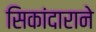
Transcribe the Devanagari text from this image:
सिकांदाराने